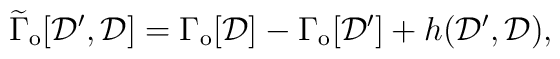
\widetilde{\Gamma}_{\rm o}[{\cal D}',{\cal D}] = \Gamma_{\rm o}[{\cal D}]	- \Gamma_{\rm o}[{\cal D}'] + h({\cal D}',{\cal D}) ,